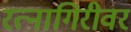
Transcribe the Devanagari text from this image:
रत्‍नागिरीवर